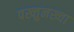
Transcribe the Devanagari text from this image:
पख्तुनख्वा